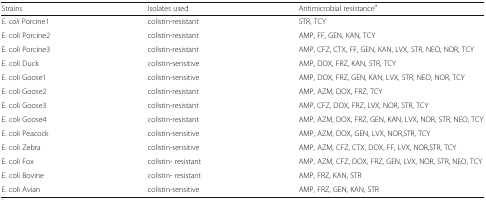
<table><thead><tr><td><b>Strains</b></td><td><b>Isolates used</b></td><td><b>Antimicrobial resistance<sup>a</sup></b></td></tr></thead><tbody><tr><td><i>E. coli</i> Porcine1</td><td>colistin-resistant</td><td>STR, TCY</td></tr><tr><td>E. coli Porcine2</td><td>colistin-resistant</td><td>AMP, FF, GEN, KAN, TCY</td></tr><tr><td>E. coli Porcine3</td><td>colistin-resistant</td><td>AMP, CFZ, CTX, FF, GEN, KAN, LVX, STR, NEO, NOR, TCY</td></tr><tr><td>E. coli Duck</td><td>colistin-sensitive</td><td>AMP, DOX, FRZ, KAN, STR, TCY</td></tr><tr><td>E. coli Goose1</td><td>colistin-sensitive</td><td>AMP, DOX, FRZ, GEN, KAN, LVX, STR, NEO, NOR, TCY</td></tr><tr><td>E. coli Goose2</td><td>colistin-resistant</td><td>AMP, AZM, DOX, FRZ, TCY</td></tr><tr><td>E. coli Goose3</td><td>colistin-resistant</td><td>AMP, CFZ, DOX, FRZ, LVX, NOR, STR, TCY</td></tr><tr><td>E. coli Goose4</td><td>colistin-resistant</td><td>AMP, AZM, DOX, FRZ, GEN, KAN, LVX, NOR, STR, NEO, TCY</td></tr><tr><td>E. coli Peacock</td><td>colistin-sensitive</td><td>AMP, AZM, DOX, GEN, LVX, NOR,STR, TCY</td></tr><tr><td>E. coli Zebra</td><td>colistin-sensitive</td><td>AMP, AZM, CFZ, CTX, DOX, FF, LVX, NOR,STR, TCY</td></tr><tr><td>E. coli Fox</td><td>colistin- resistant</td><td>AMP, AZM, CFZ, DOX, FRZ, GEN, LVX, NOR, STR, NEO, TCY</td></tr><tr><td>E. coli Bovine</td><td>colistin- resistant</td><td>AMP, FRZ, KAN, STR</td></tr><tr><td>E. coli Avian</td><td>colistin-sensitive</td><td>AMP, FRZ, GEN, KAN, STR</td></tr></tbody></table>